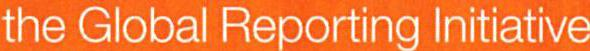
the Global Reporting Initiative